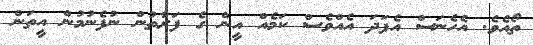
ތޯއެވެ. އެހެނަސް އެފަދަ އެއްވެސް ކަމެއް އީން ގެ ފަރާތުން ނުފެނުމުން އީތަން